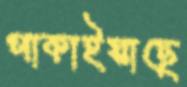
পাকাইয়াছে